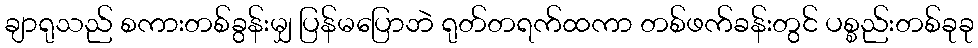
ချာရုသည် စကားတစ်ခွန်းမျှ ပြန်မပြောဘဲ ရုတ်တရက်ထကာ တစ်ဖက်ခန်းတွင် ပစ္စည်းတစ်ခုခု